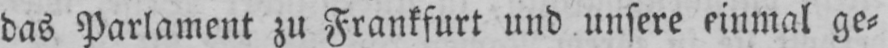
das Parlament zu Frankfurt und unsere einmal ge⸗